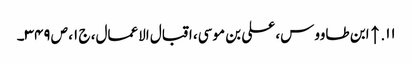
۱۱. ↑ ابن طاووس، علی بن موسی، اقبال الاعمال، ج ۱، ص ۳۴۹۔